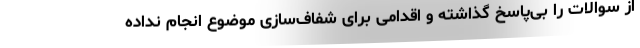
از سوالات را بی‌پاسخ گذاشته و اقدامی برای شفاف‌سازی موضوع انجام نداده